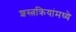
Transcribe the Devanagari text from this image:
शस्त्रक्रियांमध्ये